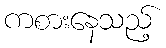
ကစားနေသည့်